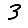
Digit: 3